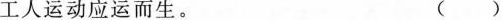
工人运动应运而生。 ()